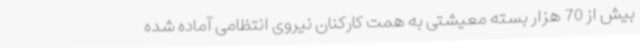
بیش از 70 هزار بسته معیشتی به همت کارکنان نیروی انتظامی آماده شده